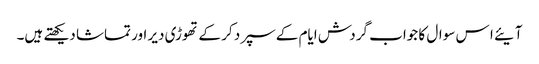
آیئے ا س سوال کا جواب گردش ایام کے سپرد کر کے تھوڑی دیر اور تماشا دیکھتے ہیں۔